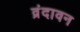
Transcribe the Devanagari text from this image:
व्रंदावन